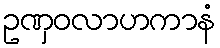
ဥဏှဝလာဟကာနံ